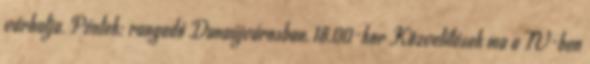
várhatja. Péntek: rangadó Dunaújvárosban, 18.00-kor Közvetítések ma a TV-ben